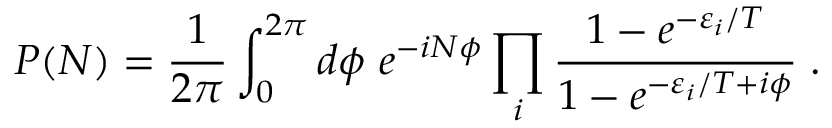
P ( N ) = \frac { 1 } { 2 \pi } \int _ { 0 } ^ { 2 \pi } d \phi \, \, e ^ { - i N \phi } \prod _ { i } \frac { 1 - e ^ { - \varepsilon _ { i } / T } } { 1 - e ^ { - \varepsilon _ { i } / T + i \phi } } \; .